Burma Government Medical School reports 1907-22
Year: 1907
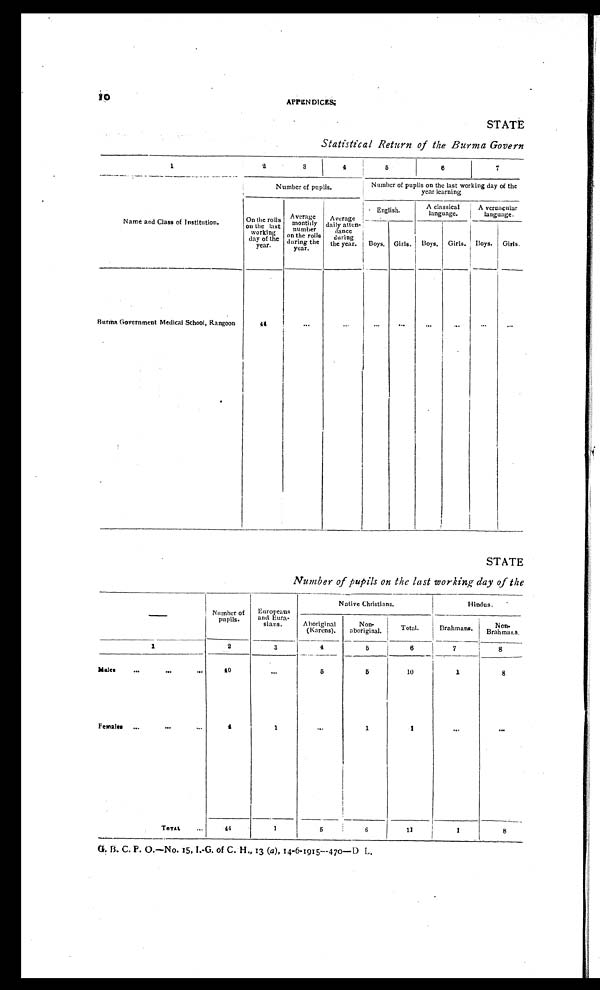
1 0
APPENDI CES.
STATE
Statistical Return of the Burma Govern
1
2
3
4
5
6
7
Name and Class of institution.
Number of pupils.
Number of pupils on the last working day of the
year learning
On the rolls
on the last
working
day of the
Year.
Average
monthly
number
on the rolls
during the
year.
Average
daily atten-
dance
during
the year.
English.
A classical
language.
A vernacular
language.
Boys. Girls.
Boys. Girls. Boys.
Girls.
Burma Government Medical School, Rangoon
44
...
...
...
...
...
...
...
...
STATE
Number of pupils on the last working day of the
—
Number of
pupils.
Europeans
and Eura-
sians.
Native Christians.
Hindus.
Aboriginal
(Karens).
Non-
aboriginal.
Total.
Brahmans.
Non-Brahmans.
1
2
3
4
5
6
7
8
Males
... ... ...
40
...
5
5
10
1
8
F emales
...
...
...
4
1
...
1
1
... ...
T O T A L . . .
44
1
5
6
11
1
8
G. B. C. P. 0.—No. 15, I.-G. of C. H., 13 (a), 14-6-1915—470—D L.